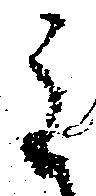
主